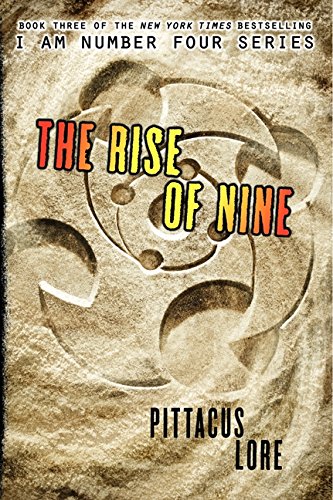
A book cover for The Rise of Nine (Lorien Legacies); Pittacus Lore; Teen & Young Adult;